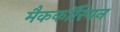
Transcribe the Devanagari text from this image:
मैककॉरियन